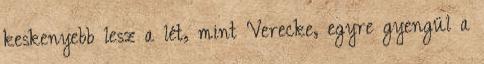
keskenyebb lesz a lét, mint Verecke, egyre gyengül a